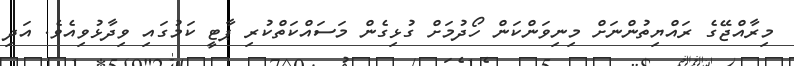
މިރާއްޖޭގެ ރައްޔިތުންނަށް މިނިވަންކަން ހޯދުމަށް ގުޅިގެން މަސައްކަތްކުރި ޕާޓީ ކަމުގައި ވިދާޅުވިއެވެ. އަދި